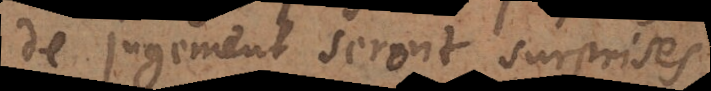
de jugement seront surprises